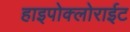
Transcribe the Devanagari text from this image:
हाइपोक्लोराईट